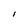
Character: I